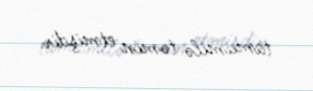
tamamilə təmin etmişdir.